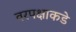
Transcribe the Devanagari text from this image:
वरपक्षाकडे